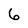
Character: 6